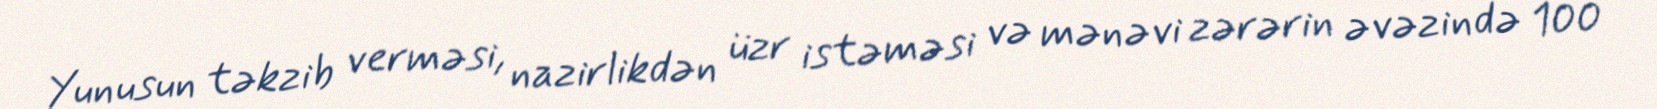
Yunusun təkzib verməsi, nazirlikdən üzr istəməsi və mənəvi zərərin əvəzində 100